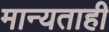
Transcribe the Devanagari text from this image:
मान्यताही